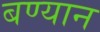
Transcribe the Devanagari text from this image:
बण्यान